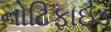
નોટિફાઇડ